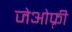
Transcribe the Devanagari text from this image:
जेओफ़्री